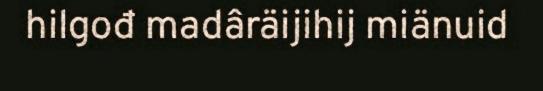
hilgođ madâräijihij miänuid